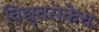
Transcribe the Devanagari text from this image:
विद्युतसंकेच